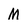
Character: M